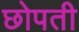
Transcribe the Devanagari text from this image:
छोपती